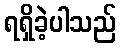
ရရှိခဲ့ပါသည်